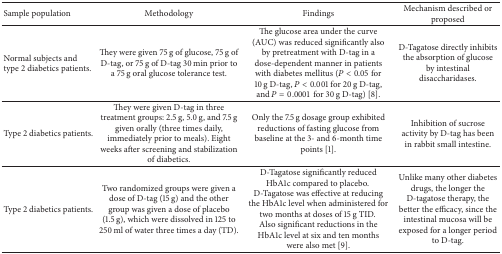
<table><thead><tr><td><b>Sample population</b></td><td><b>Methodology</b></td><td><b>Findings</b></td><td><b>Mechanism described or proposed</b></td></tr></thead><tbody><tr><td>Normal subjects and type 2 diabetics patients.</td><td>They were given 75 g of glucose, 75 g of D-tag, or 75 g of D-tag 30 min prior to a 75 g oral glucose tolerance test.</td><td>The glucose area under the curve (AUC) was reduced significantly also by pretreatment with D-tag in a dose-dependent manner in patients with diabetes mellitus (<i>P</i> &lt; 0.05 for 10 g D-tag, <i>P</i> &lt; 0.001 for 20 g D-tag, and <i>P</i> = 0.0001 for 30 g D-tag) [8].</td><td>D-Tagatose directly inhibits the absorption of glucose by intestinal disaccharidases.</td></tr><tr><td>Type 2 diabetics patients.</td><td>They were given D-tag in three treatment groups: 2.5 g, 5.0 g, and 7.5 g given orally (three times daily, immediately prior to meals). Eight weeks after screening and stabilization of diabetics.</td><td>Only the 7.5 g dosage group exhibited reductions of fasting glucose from baseline at the 3- and 6-month time points [1].</td><td>Inhibition of sucrose activity by D-tag has been in rabbit small intestine.</td></tr><tr><td>Type 2 diabetics patients.</td><td>Two randomized groups were given a dose of D-tag (15 g) and the other group was given a dose of placebo (1.5 g), which were dissolved in 125 to 250 ml of water three times a day (TD).</td><td>D-Tagatose significantly reduced HbA1c compared to placebo. D-Tagatose was effective at reducing the HbA1c level when administered for two months at doses of 15 g TID. Also significant reductions in the HbA1c level at six and ten months were also met [9].</td><td>Unlike many other diabetes drugs, the longer the D-tagatose therapy, the better the efficacy, since the intestinal mucosa will be exposed for a longer period to D-tag.</td></tr></tbody></table>